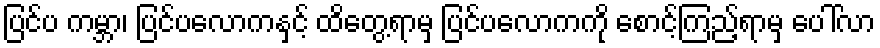
ပြင်ပ ကမ္ဘာ၊ ပြင်ပလောကနှင့် ထိတွေ့ရာမှ ပြင်ပလောကကို စောင့်ကြည့်ရာမှ ပေါ်လာ